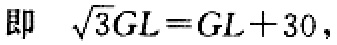
即 $\sqrt{3}GL = GL + 30$，